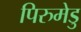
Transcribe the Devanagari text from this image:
पिरुमेडु